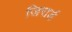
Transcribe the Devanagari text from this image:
जिरार्ड